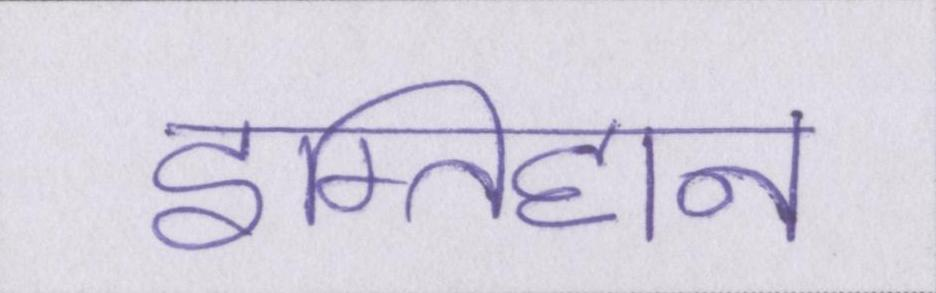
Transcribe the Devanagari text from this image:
इम्तिहान